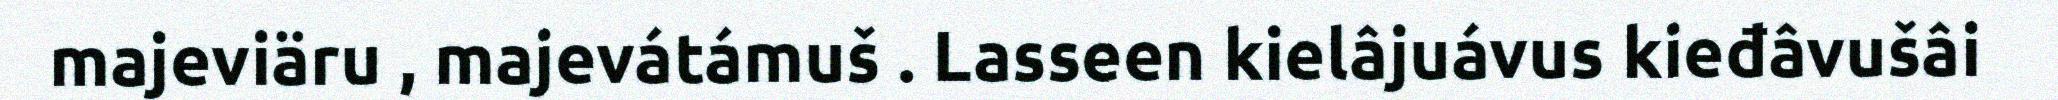
majeviäru , majevátámuš . Lasseen kielâjuávus kieđâvušâi